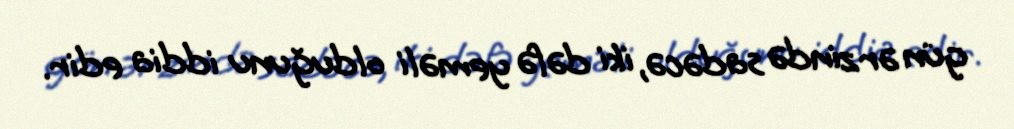
gün ərzində sadəcə, iki dəfə yeməli olduğunu iddia edir.